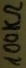
Text: 100KΩ